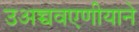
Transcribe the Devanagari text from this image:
उअच्चवएणीयाने